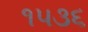
૧૫૩૬